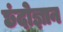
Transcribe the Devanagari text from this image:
छंदोज्ञान